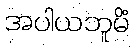
အပါယဘူမိံ